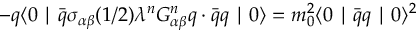
- q \langle 0 \mid \bar { q } \sigma _ { \alpha \beta } ( 1 / 2 ) \lambda ^ { n } G _ { \alpha \beta } ^ { n } q \cdot \bar { q } q \mid 0 \rangle = m _ { 0 } ^ { 2 } \langle 0 \mid \bar { q } q \mid 0 \rangle ^ { 2 }